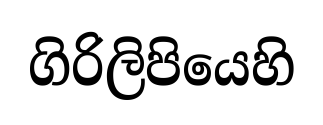
ගිරිලිපියෙහි